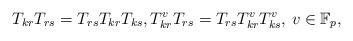
LaTeX: \begin{align*} T_{kr}T_{rs}=T_{rs}T_{kr}T_{ks},T_{kr}^vT_{rs}=T_{rs}T_{kr}^vT_{ks}^v,\,v\in {\mathbb F}_p,\end{align*}